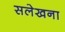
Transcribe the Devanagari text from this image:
सलेखना